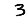
Digit: 3